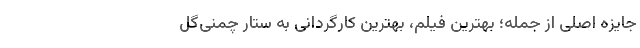
جایزه اصلی از جمله؛ بهترین فیلم، بهترین کارگردانی به ستار چمنی‌گل